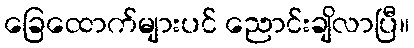
ခြေထောက်များပင် ညောင်းချိလာပြီ။